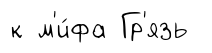
к м'и́фа Гр'язь